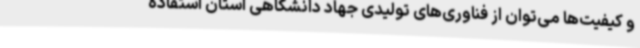
و کیفیت‌ها می‌توان از فناوری‌های تولیدی جهاد دانشگاهی استان استفاده